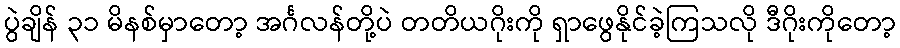
ပွဲချိန် ၃၁ မိနစ်မှာတော့ အင်္ဂလန်တို့ပဲ တတိယဂိုးကို ရှာဖွေနိုင်ခဲ့ကြသလို ဒီဂိုးကိုတော့